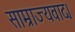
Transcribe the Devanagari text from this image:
साम्राज्यवाद।